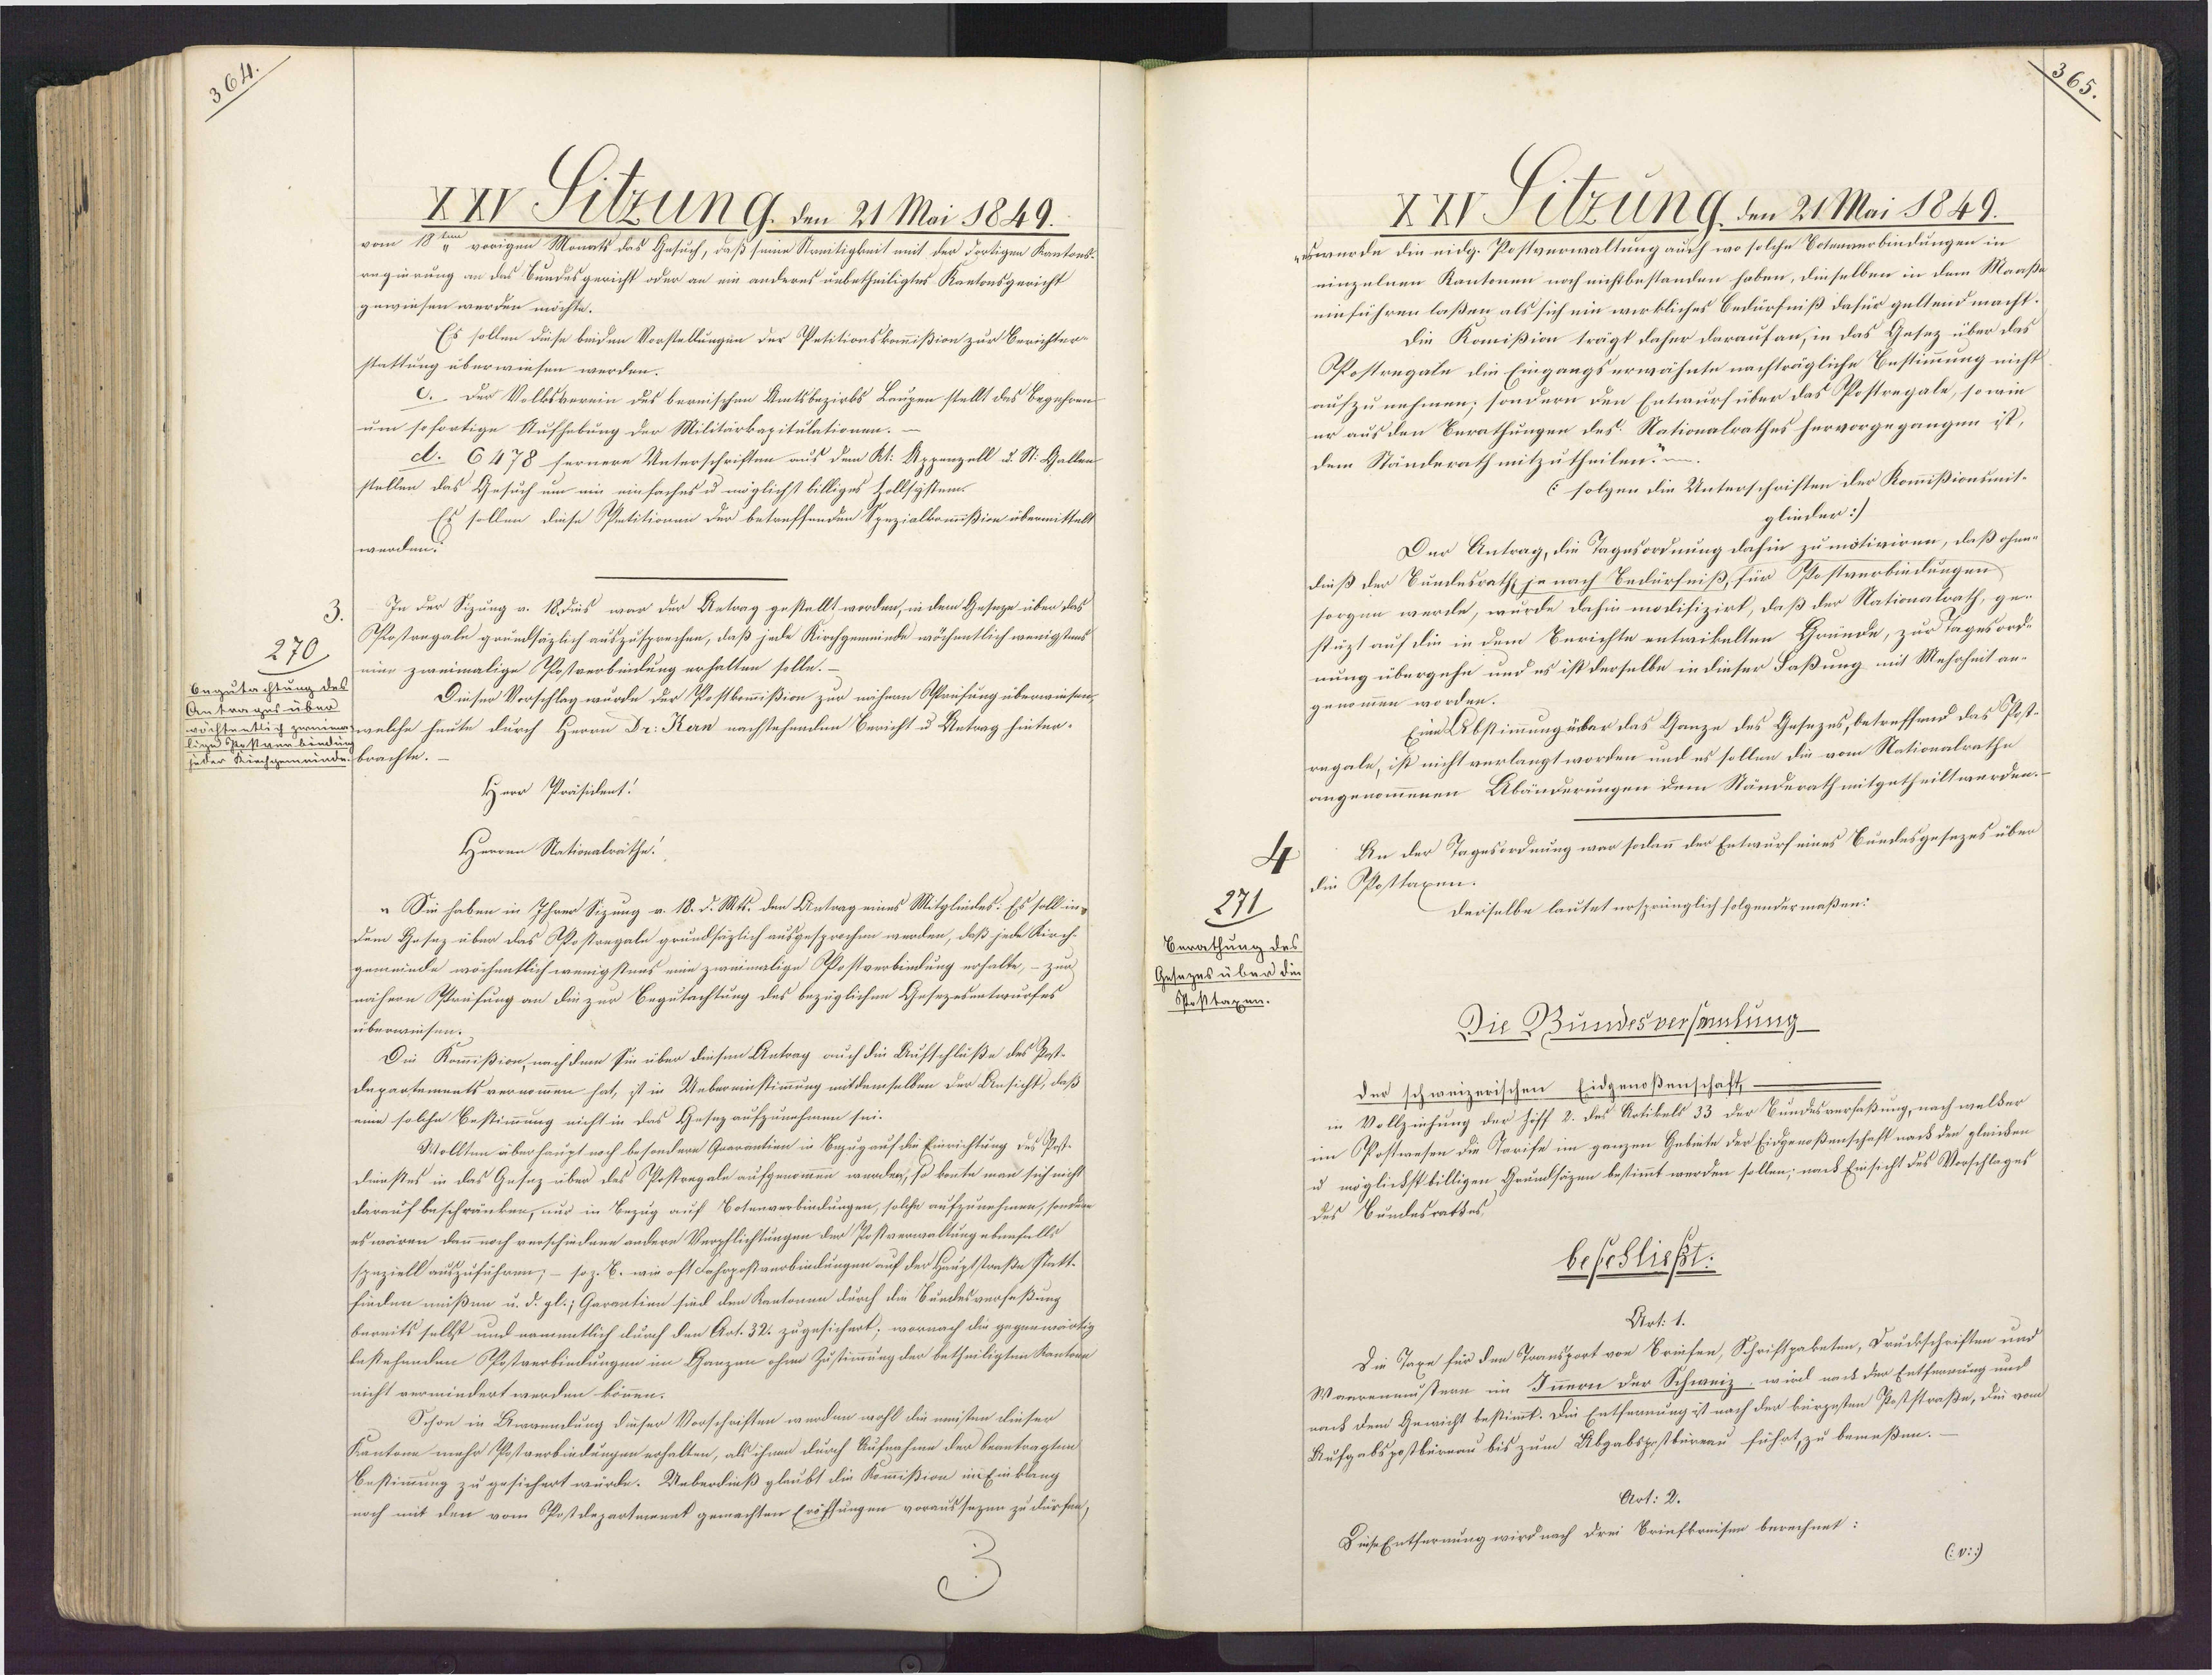
IXV Fitzung den 21 Mai 1849.
vom 18" vorigen Monats das Gesuch, daß seine Streitigkeit mit der fortigen Kantons-
regierung an das Bundesgericht oder an ein anderes unbetheiligtes Kantonsgericht
gewiesen werden möchte.
Es sollen diese beiden Vorstellungen der Petitionskommißion zur Berichter¬
stattung überwiesen werden.
C. Der Volksverein des bernischen Amtsbezirks Leupen stellt des Begehren
um sofortige Aufhebung der Militärkapitulationen.
d. 6478 fernere Unterschriften aus dem Kt. Appenzell u. St. Hallen
stellen das Gesuch um ein einfaches u möglichst billiges Zollsystem-
Es sollen diese Ppetitionen der betreffenden Spezialkommißion übermittels
werden.
In der Sizung v. 18. dis war der Antrag gestellt worden, in dem Geseze über das
Postrngale grundsäzlich auszusprechen, daß jede Kirchgemeinde wöchentlich wenigstens
270
eine zweimalige Postverbindung erhalten solle.
Oegutachtung des
Dieser Vorschlag wurde der Postkommißion zur nähern Astrifung überwiesen,
Antrages über
welche heute durch Herrn Dr. Kern nachstehenden Bericht u Antrag hinter-
ftentlich
3postan
jeder Kirchgemeinde. brachte.
Herr Präsident!
Herren Nationalräthe!
"Sie haben in Ihrer Sizung v. 18. d. Mt. den Antrag eines Mitglindes: Es soll in
dem Gosez über das Apostregale grundsäzlich ausgesprochen werden, daß jede Kirch-
gemeinde wöchentlich wenigstens eine zweimalige PPostverbindung erhalte, – zur
nähern Prüfung an die zur Begutachtung des bezüglichen Gesezesentwurfes
überwiesen.
Din Kommißion, nachdem Sie über diesen Antrag auch die Aufschluße des Post¬
Departements vernommen hat, ist in Uebereinstimmung mitdemselben der Ansicht, daß
eine solche Bestimmung nicht in das Gesez aufzunehmen sei.
Wollten überhaupt noch besondere Qoarantien in Bezug auf die Einrichtung des Post¬
dienstes in das Gesez über des Postregale aufgenommen werden, so konnte man sich nicht
darauf beschränken, nur in Bezug auf Botenverbindungen, solche aufzunehmen, sondern
es wären dann noch verschiedene andere Verpflichtungen der Postverwaltung ebenfalls
spnziell auszuführen, - so z. E. wie oft Fahrpostverbindungen auf der Hauptstraße statt-
finden mißen u. d. gl.; Garantion sind den Kantonen durch die Buedesverfeßung
bereits selbst und namentlich durch den Art. 32. zugesichert; wornach die gegenwärtig
bestehenden Pfostverbindungen im Ganzen ohne Zustimmung der betheiligten Kantorn
nicht vermindert werden können.
Schon in Bwanndung dieser Vorschriften werden wohl die meisten dieser
Kantone mehr Postverbiedungen erhalten, als ihnen durch Aufnahme der beantragten
Bestimmung zu gesichert würde. Ueberdieß glaubt die Kommißion im Einklang
noch mit den vom Postdepartmennt gemachten Eröffungen voraussezen zu dürfen

4
271
Berathung des
Gesazes über die
Posttaxen.

XXV Selzung, den 21 Mai 1849.
chwerde die eidg. Postverwaltung auch wo solche Botenverbindungen in
einzelnen Kantonen noch nichtbestanden haben, dieselben in dem Maaßa
einführen laßen als sich ein wirkliches Bedürfniß dafür geltend macht.
Die Komißion trägt daher darauf an, in das Gesez über das
Postregale die Eingangserwähnte nachträgliche Bestimmung nicht
aufzunehmen; sondern den Entwurf über das Postregale, so wie
er aus den Burathungen des Nationalrathes hervorgegangen ist,
dem Ständerath mitzutheilen. in¬
folgen die Unterschriften der Kommißionsmit¬
glieder:/
Der Antrag, die Tagesordnung dahin zu motiviren, daß ohne
dieß der Sundesrath je nach Bedürfniß, für Postverbindungen
sorgen werde, wurde dahin modifizirt, daß der Nationalrath, ge¬
stüzt auf die in dem Berichte entwikelten Gründe, zur Tagesord¬
nung übergehe und es ist derselbe in dieser Faßung mit Mehrheit an¬
genommen worden.
Eine Abstimmung über das Ganze des Gesezes, betreffend das Post¬
rngale, ist nicht verlangt worden und es sollen die vom Nationalrathe
angenommenen Abänderungen dem Ständerath mitgetheilt werden.
An der Tagesordnung war sodann der Entwurfeines Bundesgesezes über
die Pposttaxen.
Derselbe lautet ursprünglich folgendermaßen:
Die Bundesversamlung
der schweizerischen Eidgenoßenschaft,–
in Vollziehung der Ziff 2. des Artikels 33 der Bundesverfaßung, nach welder
im Postwesen die Tarife im ganzen Gebiete der Eidgenoßenschaft nach den gleichen
u möglichst billigen Grundsäzen bestimmt werden sollen; nach Einsicht des Vorschlages
des Bundesrathes
beschließt:
Art: 1.
Die Taxe für den Transport von Briefen, Schriftpaketen, Druckschriften und
Waerenmustern im Innern der Schweiz wird nach der Entferrung und
nach dem Gewicht bestimmt. Die Entfernung ist nach der kürzesten Poststraße, die vom
Aufgabspostbüreau bis zum Abgabspostbüreau führt, zu bemeßen.
Art: 2.
Diese Entfernung wird nach drei Briefkreifen berechnet:
Cv:)